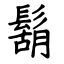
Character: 鬍